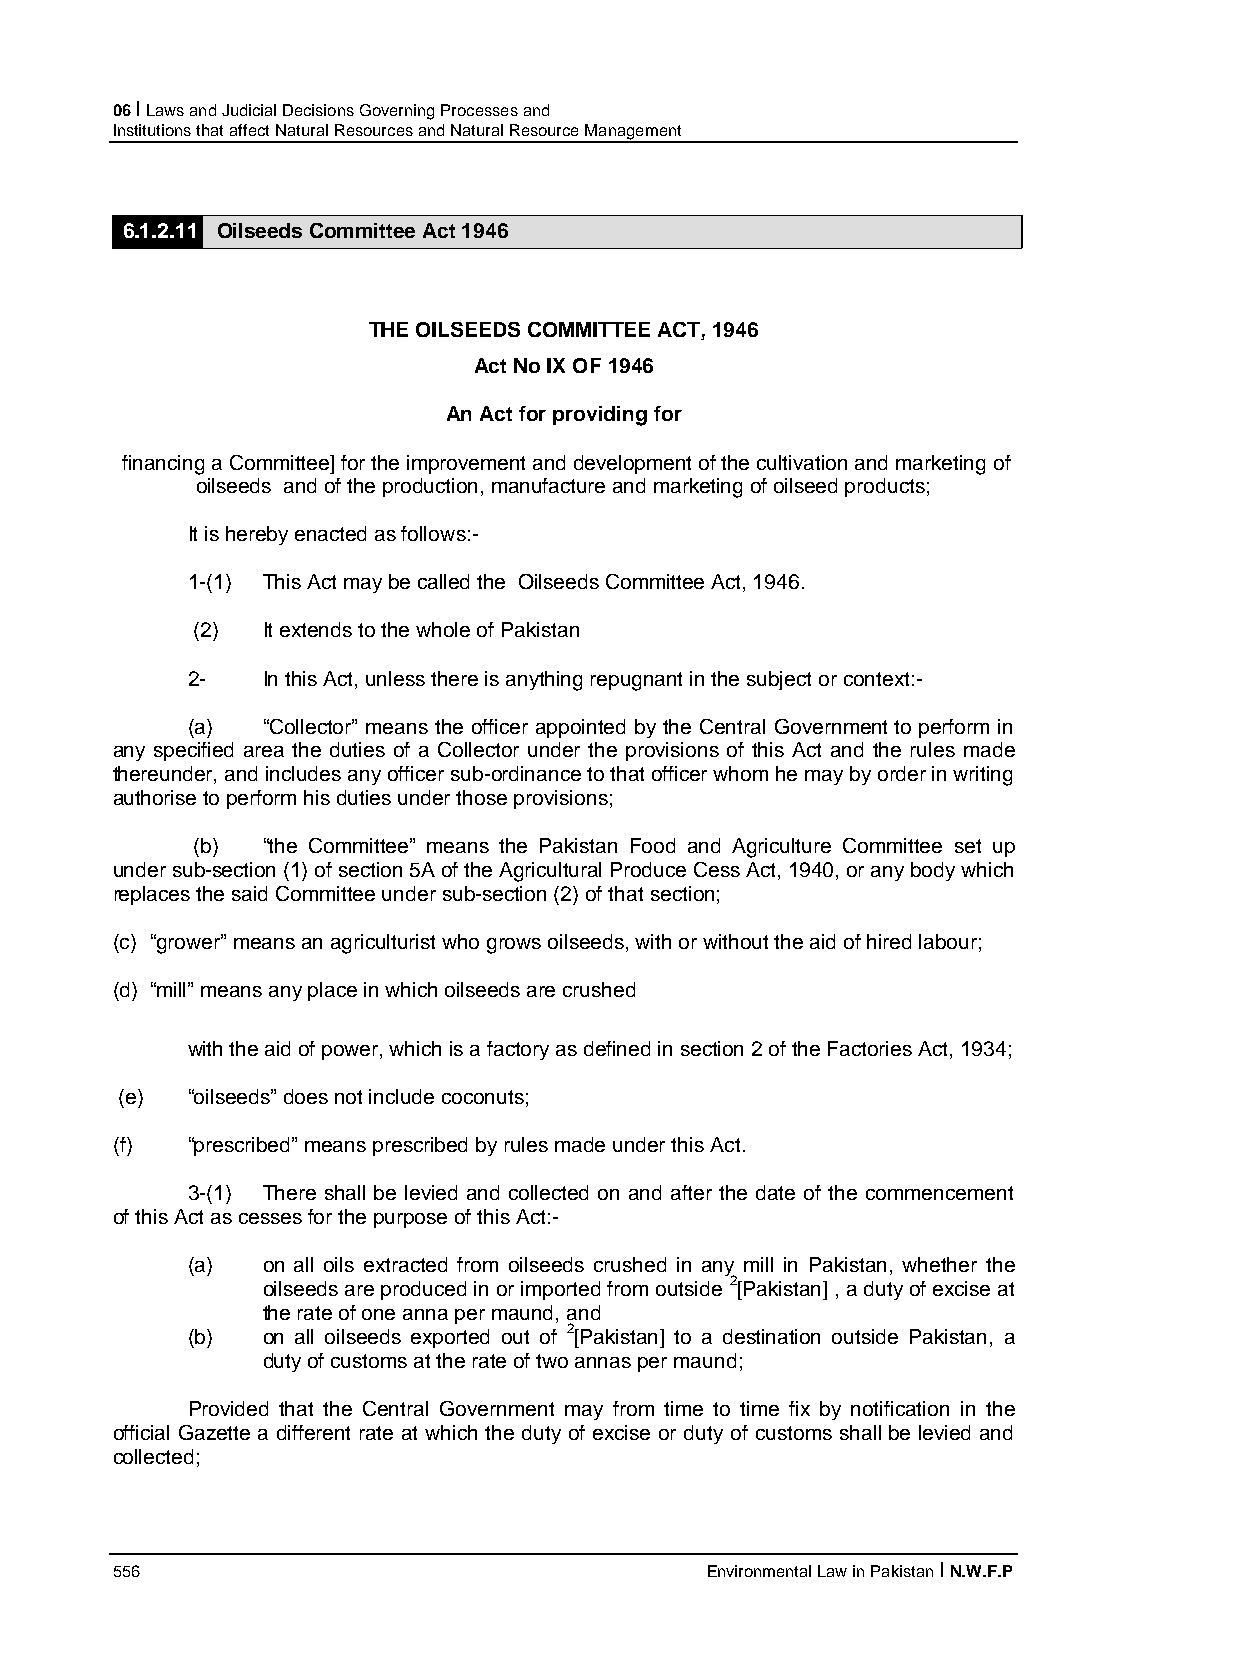
06 I Laws and Judicial Decisions Governing Processes and
 Institutions that affect Natural Resources and Natural Resource Management
 6.1.2.11 Oilseeds Committee Act 1946
 THE OILSEEDS COMMITTEE ACT, 1946
 Act No IX OF 1946
 An Act for providing for
 financing a Committee] for the improvement and development of the cultivation and marketing of
 oilseeds and of the production, manufacture and marketing of oilseed products;
 It is hereby enacted as follows:-
 1-(1) This Act may be called the Oilseeds Committee Act, 1946.
 (2) It extends to the whole of Pakistan
 2-   In this Act, unless there is anything repugnant in the subject or context:-
 (a)  “Collector” means the officer appointed by the Central Government to perform in
 any specified area the duties of a Collector under the provisions of this Act and the rules made
 thereunder, and includes any officer sub-ordinance to that officer whom he may by order in writing
 authorise to perform his duties under those provisions;
 (b) “the Committee” means the Pakistan Food and Agriculture Committee set up
 under sub-section (1) of section 5A of the Agricultural Produce Cess Act, 1940, or any body which
 replaces the said Committee under sub-section (2) of that section;
 (c) “grower” means an agriculturist who grows oilseeds, with or without the aid of hired labour;
 (d) “mill” means any place in which oilseeds are crushed
 with the aid of power, which is a factory as defined in section 2 of the Factories Act, 1934;
 (e) “oilseeds” does not include coconuts;
 (f)  “prescribed” means prescribed by rules made under this Act.
 3-(1) There shall be levied and collected on and after the date of the commencement
 of this Act as cesses for the purpose of this Act:-
 (a)  on all oils extracted from oilseeds crushed in any mill in Pakistan, whether the
 oilseeds are produced in or imported from outside 2[Pakistan] , a duty of excise at
 the rate of one anna per maund, and
 (b)  on all oilseeds exported out of 2[Pakistan] to a destination outside Pakistan, a
 duty of customs at the rate of two annas per maund;
 Provided that the Central Government may from time to time fix by notification in the
 official Gazette a different rate at which the duty of excise or duty of customs shall be levied and
 collected;
 556                                     Environmental Law in Pakistan I N.W.F.P